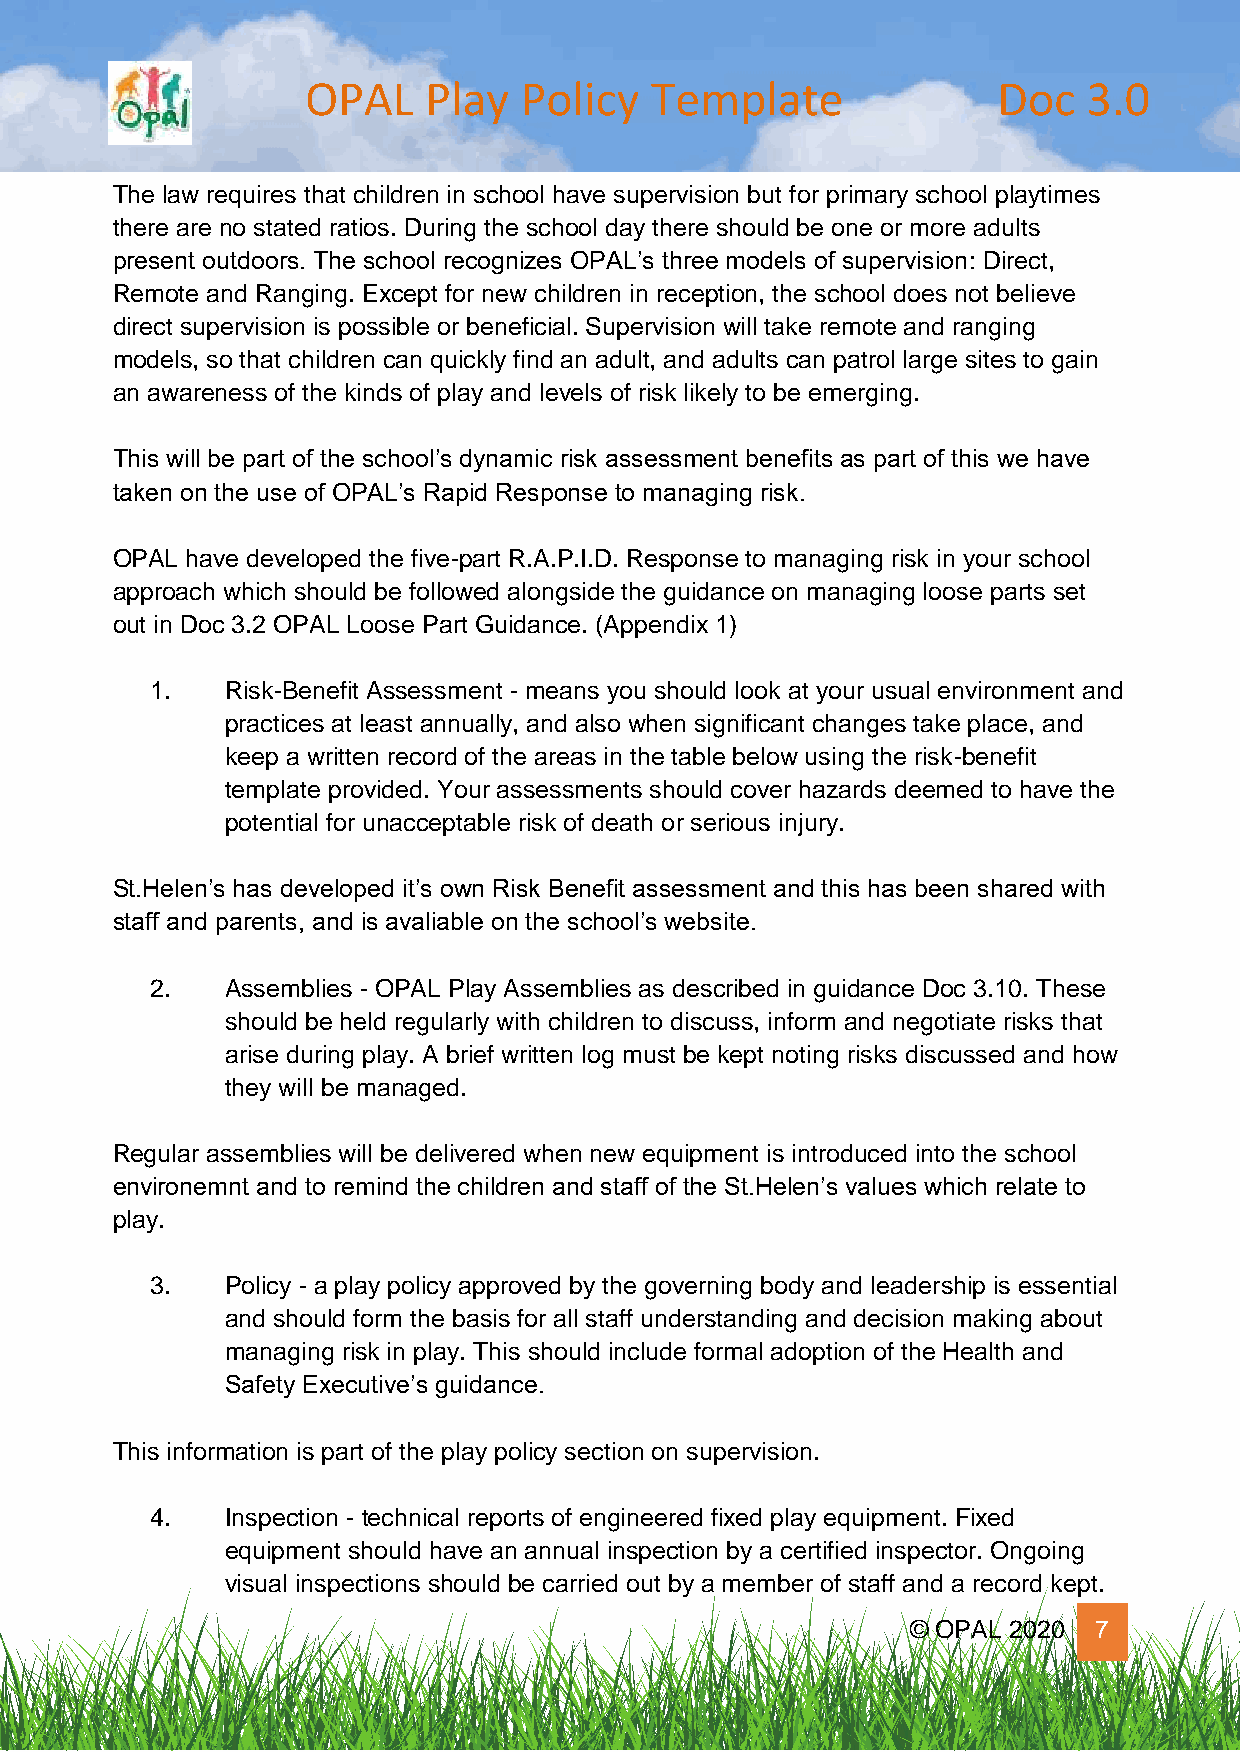
OPAL    Play  Policy   Template               Doc   3.0
 The law requires that children in school have supervision but for primary school playtimes
 there are no stated ratios. During the school day there should be one or more adults
 present outdoors. The school recognizes OPAL’s three models of supervision: Direct,
 Remote and Ranging. Except for new children in reception, the school does not believe
 direct supervision is possible or beneficial. Supervision will take remote and ranging
 models, so that children can quickly find an adult, and adults can patrol large sites to gain
 an awareness of the kinds of play and levels of risk likely to be emerging.
 This will be part of the school’s dynamic risk assessment benefits as part of this we have
 taken on the use of OPAL’s Rapid Response to managing risk.
 OPAL have developed the five-part R.A.P.I.D. Response to managing risk in your school
 approach which should be followed alongside the guidance on managing loose parts set
 out in Doc 3.2 OPAL Loose Part Guidance. (Appendix 1)
 1.   Risk-Benefit Assessment - means you should look at your usual environment and
 practices at least annually, and also when significant changes take place, and
 keep a written record of the areas in the table below using the risk-benefit
 template provided. Your assessments should cover hazards deemed to have the
 potential for unacceptable risk of death or serious injury.
 St.Helen’s has developed it’s own Risk Benefit assessment and this has been shared with
 staff and parents, and is avaliable on the school’s website.
 2.   Assemblies - OPAL Play Assemblies as described in guidance Doc 3.10. These
 should be held regularly with children to discuss, inform and negotiate risks that
 arise during play. A brief written log must be kept noting risks discussed and how
 they will be managed.
 Regular assemblies will be delivered when new equipment is introduced into the school
 environemnt and to remind the children and staff of the St.Helen’s values which relate to
 play.
 3.   Policy - a play policy approved by the governing body and leadership is essential
 and should form the basis for all staff understanding and decision making about
 managing risk in play. This should include formal adoption of the Health and
 Safety Executive’s guidance.
 This information is part of the play policy section on supervision.
 4.   Inspection - technical reports of engineered fixed play equipment. Fixed
 equipment should have an annual inspection by a certified inspector. Ongoing
 visual inspections should be carried out by a member of staff and a record kept.
 © OPAL 2020 7